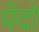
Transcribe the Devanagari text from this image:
पेंदों